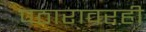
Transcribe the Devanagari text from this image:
पठारावरही